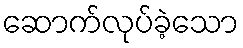
ဆောက်လုပ်ခဲ့သော